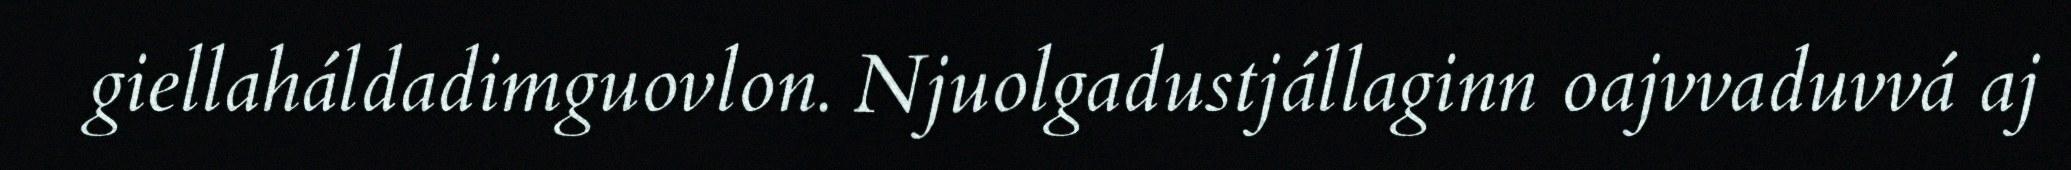
giellaháldadimguovlon. Njuolgadustjállaginn oajvvaduvvá aj